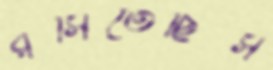
রসিতেছিস